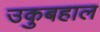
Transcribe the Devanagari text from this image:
उकुबहाल